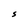
Character: S